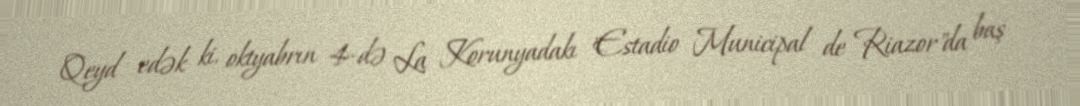
Qeyd edək ki, oktyabrın 4-də La Korunyadakı "Estadio Municipal de Riazor"da baş